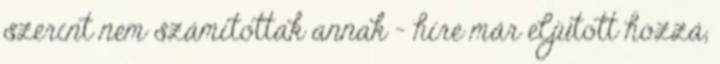
szerint nem számítottak annak - híre már eljutott hozzá,